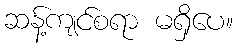
ဆန့်ကျင်စရာ မရှိပေ။